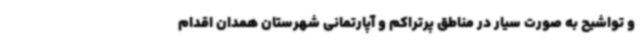
و تواشیح به صورت سیار در مناطق پرتراکم و آپارتمانی شهرستان همدان اقدام